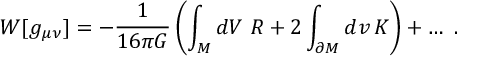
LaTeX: W [ g _ { \mu \nu } ] = - { \frac { 1 } { 1 6 \pi G } } \left( \int _ { \cal M } d V \, \, R + 2 \int _ { \partial { \cal M } } d v \, K \right) + \ldots \, \, .